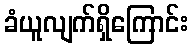
ခံယူလျက်ရှိကြောင်း